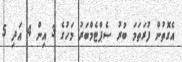
އެގޮތުން ފުރަތަމަ ބުރު ސެޕްޓެމްބަރު މަހުގެ 3 އިން 4 އަދި 5